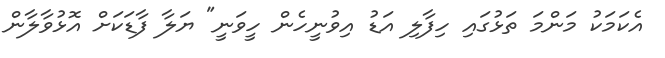
އެކަމަކު މަންމަ ތަޅުގައި ހިފާލި އަޑު އިވުނީހެން ހީވަނީ" ޔަލާ ފާޑަކަށް އޮޅުވާލާން